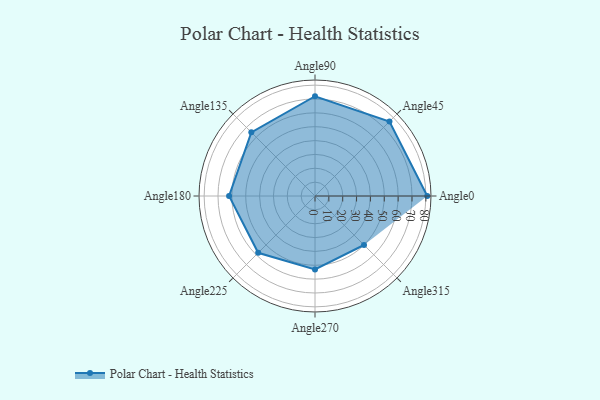
{"axis": {"x": "Angle", "y": "Radius"}, "legend": [""], "data": [{"x": "Angle0", "y": 81.0, "type": ""}, {"x": "Angle45", "y": 76.0, "type": ""}, {"x": "Angle90", "y": 72.0, "type": ""}, {"x": "Angle135", "y": 65.0, "type": ""}, {"x": "Angle180", "y": 62.0, "type": ""}, {"x": "Angle225", "y": 58.0, "type": ""}, {"x": "Angle270", "y": 53.0, "type": ""}, {"x": "Angle315", "y": 50, "type": ""}]}